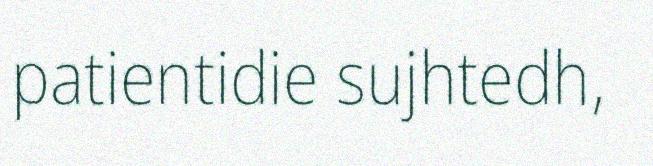
patientidie sujhtedh,